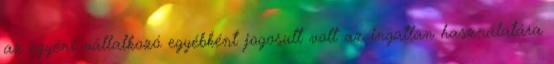
az egyéni vállalkozó egyébként jogosult volt az ingatlan használatára